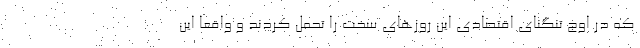
که در اوج تنگنای اقتصادی این روزهای سخت را تحمل کردند و واقعا این